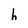
Character: h